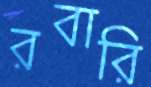
রবারি